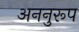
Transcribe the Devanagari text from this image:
अननुरूप